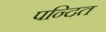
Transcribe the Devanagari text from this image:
पन्दित